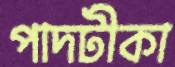
পাদটীকা